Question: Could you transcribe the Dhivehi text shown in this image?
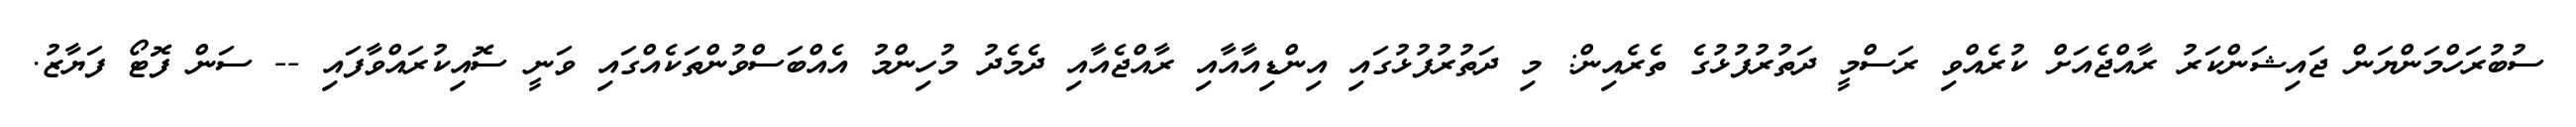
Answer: ސުބުރަހްމަންޔަން ޖައިޝަންކަރު ރާއްޖެއަށް ކުރެއްވި ރަސްމީ ދަތުރުފުޅުގެ ތެރެއިން: މި ދަތުރުފުޅުގައި އިންޑިއާއާއި ރާއްޖެއާއި ދެމެދު މުހިންމު އެއްބަސްވުންތަކެއްގައި ވަނީ ސޮއިކުރައްވާފައި -- ސަން ފޮޓޯ ފަޔާޒު.